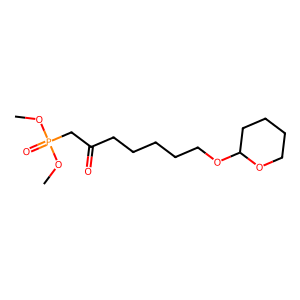
SMILES: COP(=O)(CC(=O)CCCCCOC1CCCCO1)OC
Inhibits HIV replication: No